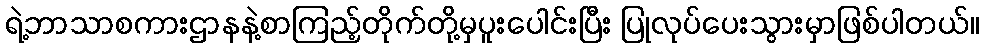
ရဲ့ဘာသာစကားဌာနနဲ့စာကြည့်တိုက်တို့မှပူးပေါင်းပြီး ပြုလုပ်ပေးသွားမှာဖြစ်ပါတယ်။